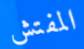
المفتش